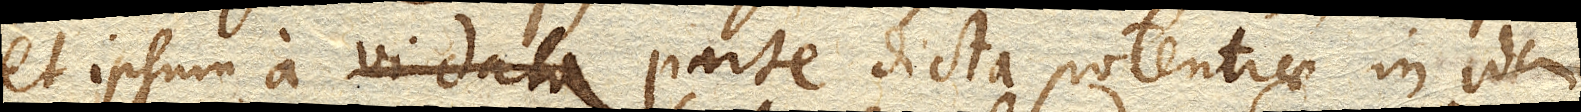
et ipsum a vi data parte dicta potentiae in idem